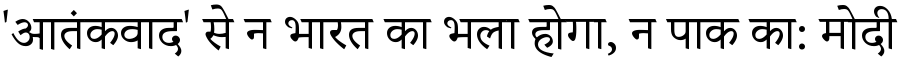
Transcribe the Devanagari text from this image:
'आतंकवाद' से न भारत का भला होगा, न पाक का: मोदी